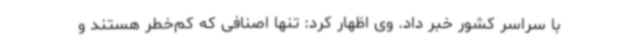
با سراسر کشور خبر داد. وی اظهار کرد: تنها اصنافی که کم‌خطر هستند و